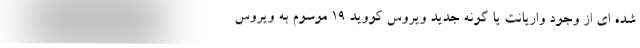
شده ای از وجود واریانت یا گونه جدید ویروس کووید ۱۹ موسوم به ویروس